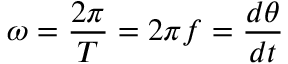
\omega = { \frac { 2 \pi } { T } } = 2 \pi f = { \frac { d \theta } { d t } }